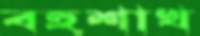
বহুশাখ